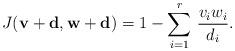
LaTeX: \begin{align*}J({\bf v}+{\bf d}, {\bf w}+{\bf d}) = 1 -\sum_{i=1}^{r} \, \frac{v_i w_i}{d_i}.\end{align*}